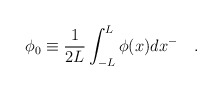
\begin{align*}\phi_0\equiv \frac 1{2L}\int_{-L}^{L}\phi(x)dx^{-} \quad .\end{align*}